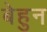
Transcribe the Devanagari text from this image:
बेहुन